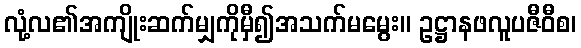
လုံ့လ၏အကျိုးဆက်မျှကိုမှီ၍အသက်မမွေး။ ဥဋ္ဌာနဖလူပဇီဝီစ၊